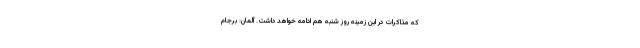
که مذاکرات در این زمینه روز شنبه هم ادامه خواهد داشت. آلمان: برجام